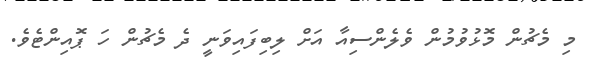
މި މެޗުން މޮޅުވުމުން ވެލެންސިއާ އަށް ލިބިފައިވަނީ ދެ މެޗުން ހަ ޕޮއިންޓެވެ.